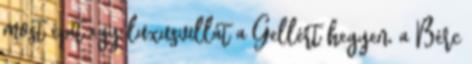
most épít egy luxusvillát a Gellért hegyen, a Bérc